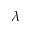
\lambda